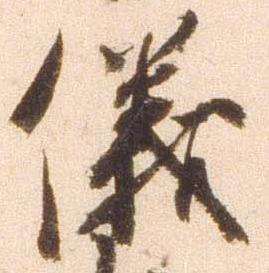
儀